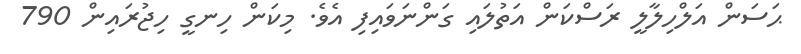
ޙަސަން އަލްހިލާލީ ރަސްކަން އަތުލައި ގަންނަވައިފި އެވެ. މިކަން ހިނގީ ހިޖުރައިން 790